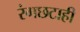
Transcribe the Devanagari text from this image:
रंगछटाही